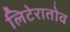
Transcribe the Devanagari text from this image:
लिटेरातोव